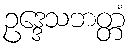
ဥဒ္ဒေသဘတ္တံ